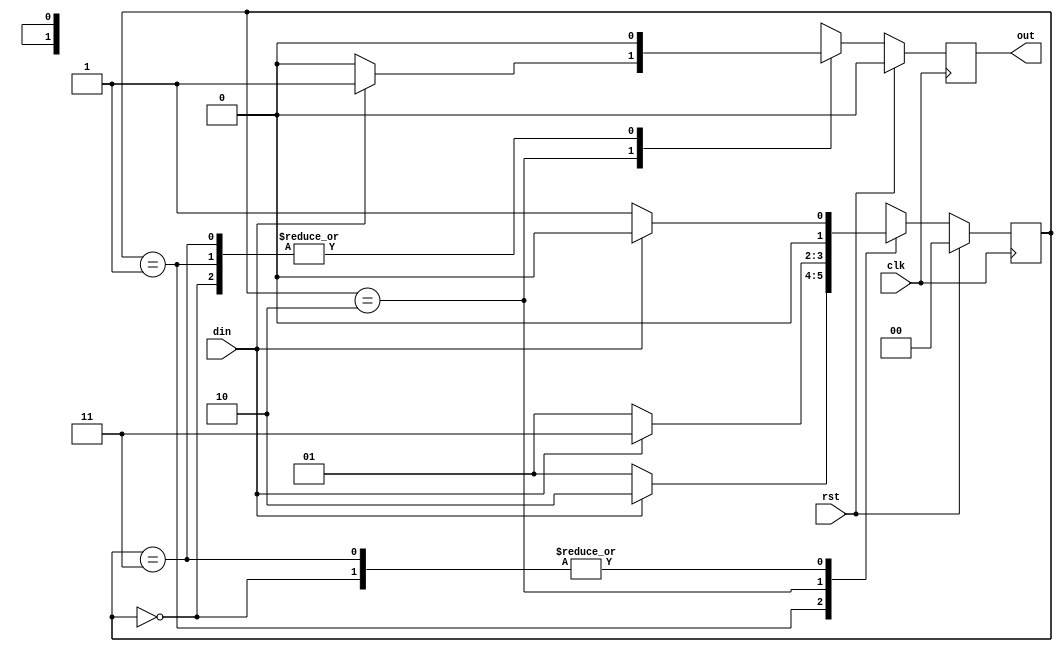
`timescale 1ns / 1ps
module seq_detector_melay(input clk,rst,din,output reg out);

parameter S0=2'b00;
parameter S1=2'b01;
parameter S2=2'b10;
parameter S3=2'b11;

reg [1:0] state=1'b0;

always @(posedge clk) begin
    if(rst==1'b1) begin
        state <= S0;
        out <= 1'b0;
    end
    else begin
        case(state)
            S0:begin
                if(din==1'b0) begin
                    state<=S1;
                    out<=1'b0;
                end
                else begin
                    state<=S0;
                    out<=1'b0;
                end
            end
           S1:begin
                if(din==1'b0) begin
                    state<=S1;
                    out<=1'b0;
                end
                else begin
                    state<=S2;
                    out<=1'b0;
                end
            end
           S2:begin
                if(din==1'b0) begin
                    state<=S1;
                    out<=1'b0;
                end
                else begin
                    state<=S3;
                    out<=1'b1;
                end
            end
           S3:begin
                if(din==1'b1) begin
                    state<=S0;
                    out<=1'b0;
                end
                else begin
                    state<=S1;
                    out<=1'b0;
                end
            end
           default: begin
               state<=S0;
               out=1'b0;
           end
        endcase
    end
end
endmodule